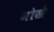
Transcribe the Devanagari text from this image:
मोखे